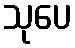
သုပေ